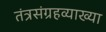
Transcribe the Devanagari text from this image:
तंत्रसंग्रहव्याख्या